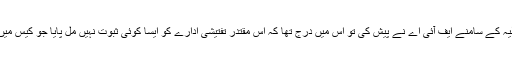
دو ہزار بارہ کے مقدمے کی رپورٹ جب بالاخر عدلیہ کے سامنے ایف آئی اے نے پیش کی تو اس میں درج تھا کہ اس مقتدر تفتیشی ادارے کو ایسا کوئی ثبوت نہیں مل پایا جو کیس میں نامزد ملزمان کو مجرم ثابت کرنے میں مدد گار ہو۔